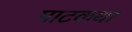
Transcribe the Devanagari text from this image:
पाटकथा